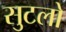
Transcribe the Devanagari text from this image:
सुटलो